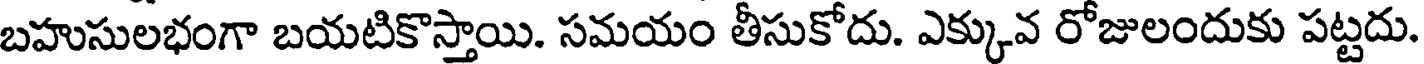
బహుసులభంగా బయటికొస్తాయి. సమయం తీసుకోదు. ఎక్కువ రోజులందుకు పట్టదు.